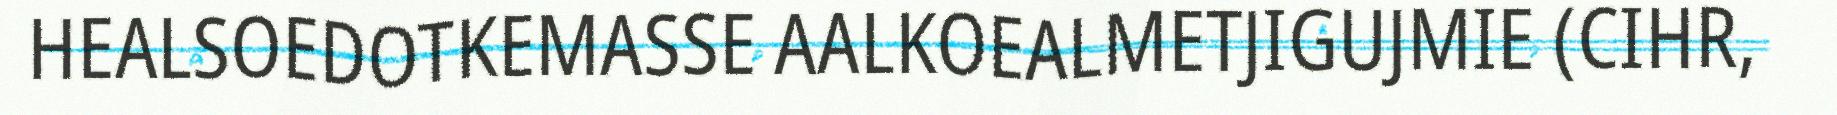
HEALSOEDOTKEMASSE AALKOEALMETJIGUJMIE (CIHR,